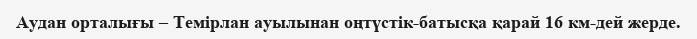
Аудан орталығы – Темірлан ауылынан оңтүстік-батысқа қарай 16 км-дей жерде.